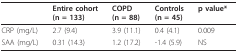
<table><thead><tr><td></td><td><b>Entire cohort(n = 133)</b></td><td><b>COPD(n = 88)</b></td><td><b>Controls(n = 45)</b></td><td><b>p value*</b></td></tr></thead><tbody><tr><td>CRP (mg/L)</td><td>2.7 (9.4)</td><td>3.9 (11.1)</td><td>0.4 (4.1)</td><td>0.009</td></tr><tr><td>SAA (mg/L)</td><td>0.31 (14.3)</td><td>1.2 (17.2)</td><td>-1.4 (5.9)</td><td>NS</td></tr></tbody></table>